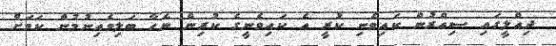
ދިއްލީގައި ސިއްރުން ކައިވެނި ކުރީ އެ ކައިވެނީގެ ކުރިން ނެހާ ބަލިވެއިނުމުން ކަމަށް